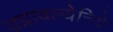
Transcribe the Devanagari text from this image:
उप्रावल्येनिये